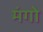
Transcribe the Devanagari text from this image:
मंगो